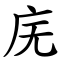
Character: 庑